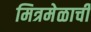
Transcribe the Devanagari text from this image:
मित्रमेळाची